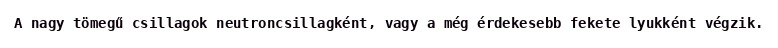
A nagy tömegű csillagok neutroncsillagként, vagy a még érdekesebb fekete lyukként végzik.